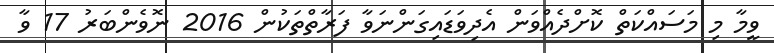
ވީމާ މި މަސައްކަތް ކޮށްދެއްވަން އެދިވަޑައިގަންނަވާ ފަރާތްތަކުން 2016 ނޮވެންބަރު 17 ވާ